Punjab Mental Hospital Lahore 1932-46 - 1932-1946
Year: 1932
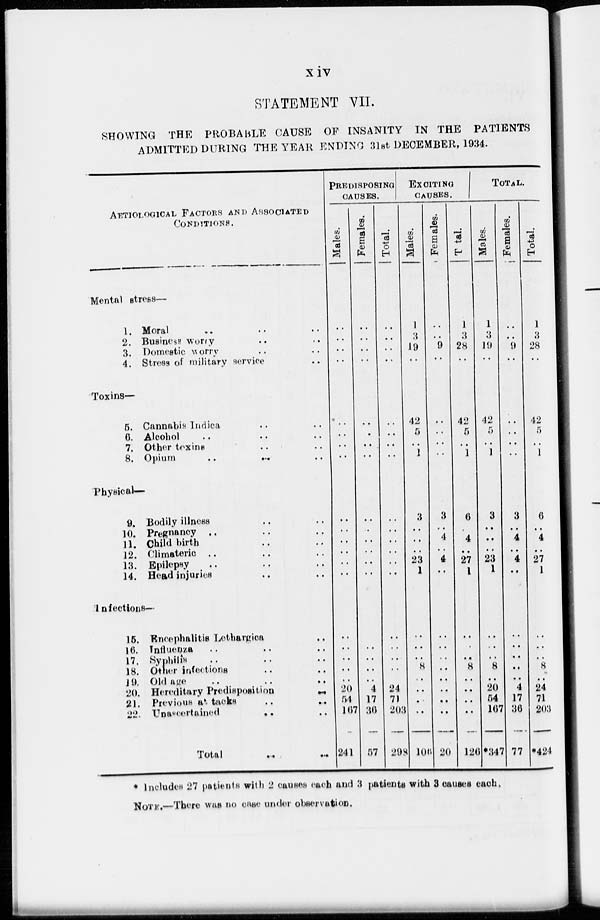
xiv
STATEMENT VII.
SHOWING THE PROBABLE CAUSE OF INSANITY IN THE PATIENTS
ADMITTED DURING THE YEAR ENDING 31st DECEMBER, 1934.
AETIOLOGICAL FACTORS AND ASSOCIATED
CONDITIONS.
Mental stress—
1. Moral .. .. ..
2. Business Worry.. ..
3. Domestic worry .. ..
4. Stress of military service ..
Toxins—
5. Cannabis Indica .. ..
6. Alcohol .. .. ..
7. Other toxins .. ..
8. Opium
..
..
..
Physical—
9. Bodily illness .. ..
10. Pregnancy .. .. ..
11. Child birth .. .. ..
12. Climateric .. .. ..
13. Epilepsy .. .. ..
14. Head injuries .. ..
Infections—
15. Encephalitis Lothargica ..
16. Influenza .. .. ..
17. Syphilis .. .. ..
18. Other infections .. ..
19. Old age .. .. ..
20. Hereditary Predisposition ..
21. Previous at tacks .. ..
22. Unascertained
..
..
Total
..
..
PREDISPOSING
CAUSES.
Males.
..
..
..
..
..
..
..
..
..
..
..
..
..
..
..
..
..
..
..
20
54
167
241
Females.
..
..
..
..
..
..
..
..
..
..
..
..
..
..
..
..
..
..
..
4
17
36
57
Total.
..
..
..
..
..
..
..
..
..
..
..
..
..
..
..
..
..
..
..
24
71
203
298
EXCITING
CAUSES.
Males.
1
3
19
..
42
5
..
1
3
..
..
..
23
1
..
..
..
8
..
..
..
..
106
Females.
..
..
9
..
..
..
..
..
3
..
4
..
4
..
..
..
..
..
..
..
..
..
20
Total.
1
3
28
..
42
5
..
1
6
..
4
..
27
1
..
..
..
8
..
..
..
..
126
TOTAL.
Males.
1
3
19
..
42
5
..
1
3
..
..
..
23
1
..
..
..
8
..
20
54
167
*347
Females.
..
..
9
..
..
..
..
..
3
..
4
..
4
..
..
..
..
..
..
4
17
36
77
Total.
1
3
28
..
42
5
..
1
6
..
4
..
27
1
..
..
..
8
..
24
71
203
*424
* Includes 27 patients with 2 causes each and 3 patients with 3 causes each
NOTE.—There was no case under observation.